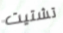
تشتيت